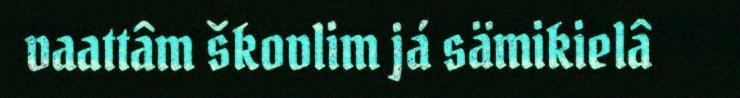
vaattâm škovlim já sämikielâ